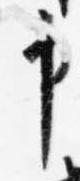
申